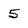
Character: 5